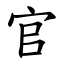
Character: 官